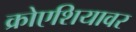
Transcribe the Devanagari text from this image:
क्रोएशियावर